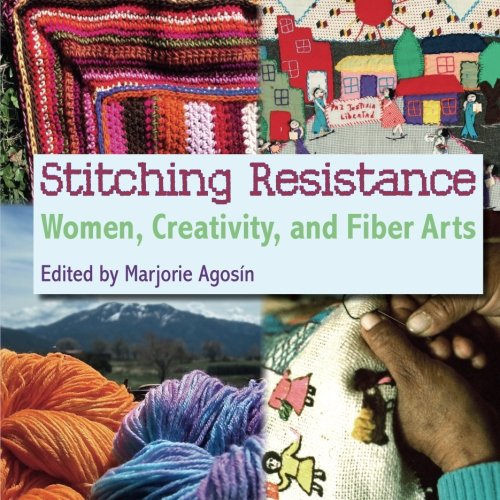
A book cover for Stitching Resistance: Women, Creativity, and Fiber Arts; Marjorie Agosin; Crafts, Hobbies & Home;